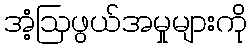
အံ့ဩဖွယ်အမှုများကို